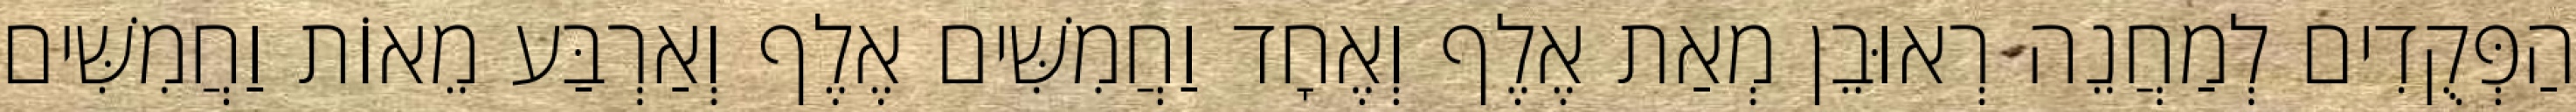
הַפְּקֻדִים לְמַחֲנֵה רְאוּבֵן מְאַת אֶלֶף וְאֶחָד וַחֲמִשִּׁים אֶלֶף וְאַרְבַּע מֵאוֹת וַחֲמִשִּׁים